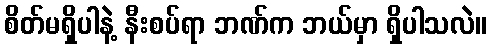
စိတ်မရှိပါနဲ့ နီးစပ်ရာ ဘဏ်က ဘယ်မှာ ရှိပါသလဲ။